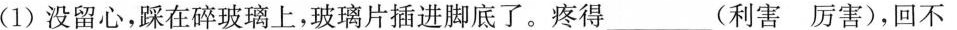
(1)没留心，踩在碎玻璃上，玻璃片插进脚底了。疼得\underline(利害 厉害)，回不